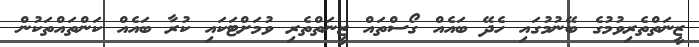
ޒީނަތްތެރިވުމުގެ ބޭނުމުގައި ހެދޭ ބައެއް ގޯސްތައް ޒީނަތްތެރި ވުމަށްޓަކައި ކުރާ ބައެއް ކަންތައްތަކުން